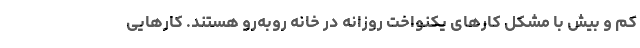
کم و بیش با مشکل کارهای یکنواخت روزانه در خانه روبه‌رو هستند. کارهایی